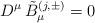
LaTeX: \begin{align*}D^{\mu} \, {\tilde B}_{\mu}^{(j,\pm )} = 0\end{align*}